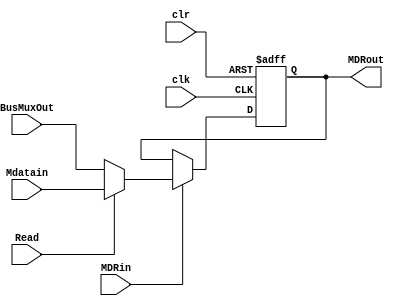
module MDR (input Read, clr, clk, MDRin, input [31:0] BusMuxOut, Mdatain, output reg [31:0] MDRout);

    always@(posedge clk or negedge clr)
    begin
        if(clr == 0) MDRout <= 0; // 32'h0000_0000 zero also works
        else if(MDRin) MDRout <= Read ? Mdatain : BusMuxOut;
    end	
	 
endmodule